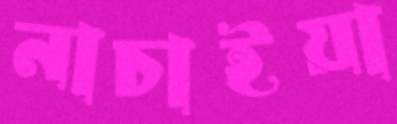
নাচাইয়া